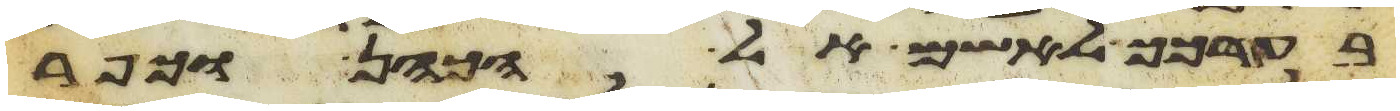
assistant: בערכך לאשם אל הכהן וכפר